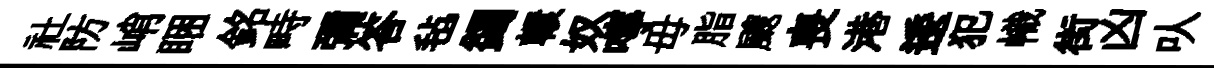
社防峭睏銘畤彌答毡蠲轘奴嚀毋脂颼喪港逶犯幟街凶㕥